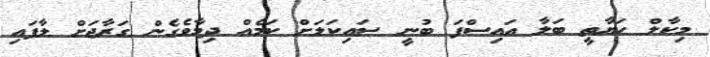
މިކާލް ހަޔާތީ ބަލާ އައިސްފަ ބުނީ ސައިކަލަށް ކަމެއް ދިމާވެގެން ގަރާޖަށް ލާފައި